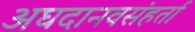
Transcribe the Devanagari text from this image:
अघदानवसंहर्ता